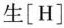
生[H]